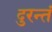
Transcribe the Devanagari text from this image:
दुरन्तं